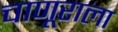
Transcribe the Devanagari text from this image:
चाणूराला